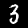
Label: 3